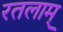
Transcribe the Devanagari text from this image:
रतलाम्